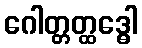
ဂေါတ္တတ္ထဒ္ဓေါ